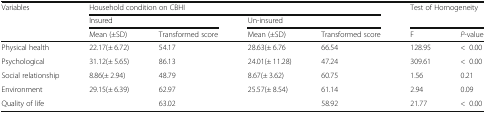
<table><thead><tr><td rowspan="3"><b>Variables</b></td><td colspan="4"><b>Household condition on CBHI</b></td><td rowspan="2" colspan="2"><b>Test of Homogeneity</b></td></tr><tr><td colspan="2"><b>Insured</b></td><td colspan="2"><b>Un-insured</b></td></tr><tr><td><b>Mean (±SD)</b></td><td><b>Transformed score</b></td><td><b>Mean (±SD)</b></td><td><b>Transformed score</b></td><td><b>F</b></td><td><b><i>P</i>-value</b></td></tr></thead><tbody><tr><td>Physical health</td><td>22.17(± 6.72)</td><td>54.17</td><td>28.63(± 6.76</td><td>66.54</td><td>128.95</td><td>&lt;0.00</td></tr><tr><td>Psychological</td><td>31.12(± 5.65)</td><td>86.13</td><td>24.01(± 11.28)</td><td>47.24</td><td>309.61</td><td>&lt;0.00</td></tr><tr><td>Social relationship</td><td>8.86(± 2.94)</td><td>48.79</td><td>8.67(± 3.62)</td><td>60.75</td><td>1.56</td><td>0.21</td></tr><tr><td>Environment</td><td>29.15(± 6.39)</td><td>62.97</td><td>25.57(± 8.54)</td><td>61.14</td><td>2.94</td><td>0.09</td></tr><tr><td>Quality of life</td><td></td><td>63.02</td><td></td><td>58.92</td><td>21.77</td><td>&lt;0.00</td></tr></tbody></table>